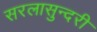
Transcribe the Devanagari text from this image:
सरलासुन्दरी